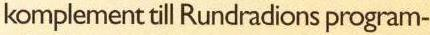
komplement till Rundradions program-